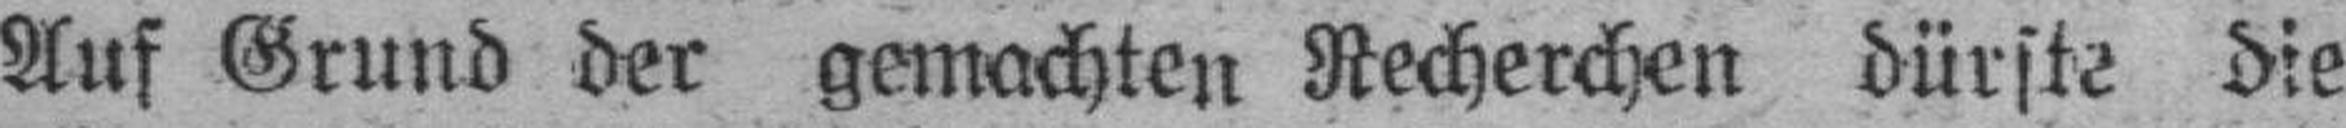
Auf Grund der gemachten Recherchen dürste die